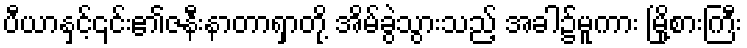
ပီယာနှင့်၎င်း၏ဇနီးနာတာရှာတို့ အိမ်ခွဲသွားသည့် အခါ၌မူကား မြို့စားကြီး